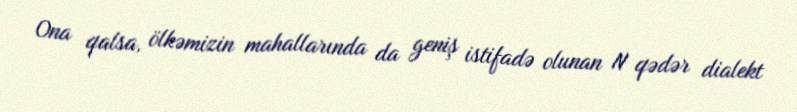
Ona qalsa, ölkəmizin mahallarında da geniş istifadə olunan N qədər dialekt